Indian Civil Veterinary Department memoirs
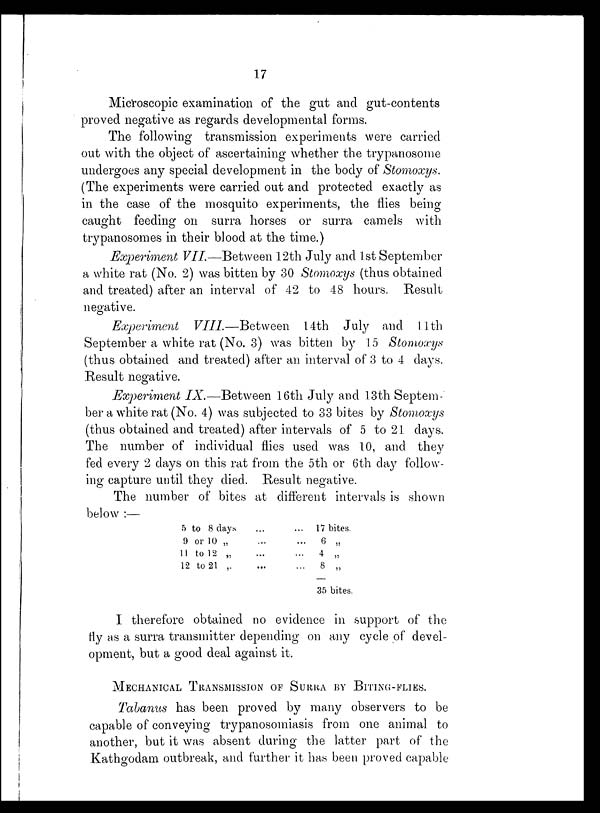
17
Microscopic examination of the gut and gut-contents
proved negative as regards developmental forms.
The following transmission experiments were carried
out with the object of ascertaining whether the trypanosome
undergoes any special development in the body of Stomoxys.
(The experiments were carried out and protected exactly as
in the case of the mosquito experiments, the flies being-
caught feeding on surra horses or surra camels with
trypanosomes in their blood at the time.)
Experiment VII.—Between 12th July and 1st September
a white rat (No. 2) was bitten by 30 Stomoxys (thus obtained
and treated) after an interval of 42 to 48 hours. Result
negative.
Experiment VIII.—Between
14th July and 11th
September a white rat (No. 3) was bitten by 15 Stomoxys
(thus obtained and treated) after an interval of 3 to 4 days.
Result negative.
Experiment IX.—Between 16th July and 13th Septem-
ber a white rat (No. 4) was subjected to 33 bites by Stomoxys
(thus obtained and treated) after intervals of 5 to 21 days.
The number of individual flies used was 10, and they
fed every 2 days on this rat from the 5th or 6th day follow-
ing capture until they died. Result negative.
The number of bites at different intervals is shown
below :—
5 to 8 days
9 or 10 „
11 to 12 „
12 to 21 „
...
...
...
...
...
...
...
...
17 bites.
6 „
4 „
8 „
35 bites.
I therefore obtained no evidence in support of the
fly as a surra transmitter depending on any cycle of devel-
opment, but a good deal against it.
MECHANICAL TRANSMISSION OF SURRA BY BITING-FLIES.
Tabanus has been proved by many observers to be
capable of conveying trypanosomiasis from one animal to
another, but it was absent during the latter part of the
Kathgodam outbreak, and further it has been proved capable